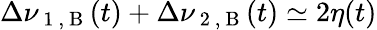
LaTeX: \Delta\nu_{\mathrm{~1~,~B~}}(t)+\Delta\nu_{\mathrm{~2~,~B~}}(t)\simeq 2\eta(t)